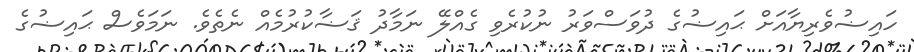
ހައިޟުވެރިޔާއަށް ޙައިޟުގެ ދުވަސްވަރު ނުކުރެވި ގެއްލޭ ނަމާދު ޤަޟާކުރުމެއް ނެތެވެ. ނަމަވެސް ޙައިޟުގެ